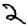
Digit: 2